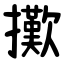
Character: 擹